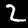
Label: 2